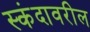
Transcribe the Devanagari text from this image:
स्कंदावरील